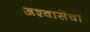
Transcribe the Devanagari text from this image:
अश्वासेवा